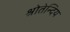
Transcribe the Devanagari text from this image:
श्रोतेन्दिय